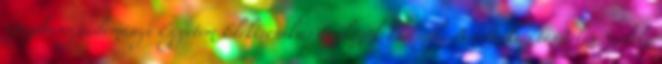
Gazdaságtudományi Egyetem Elektronikus Eszközök Tanszéke A termikus tesztelés Székely